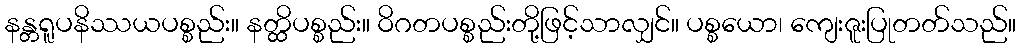
နန္တရူပနိဿယပစ္စည်း။ နတ္ထိပစ္စည်း။ ဝိဂတပစ္စည်းတို့ဖြင့်သာလျှင်။ ပစ္စယော၊ ကျေးဇူးပြုတတ်သည်။